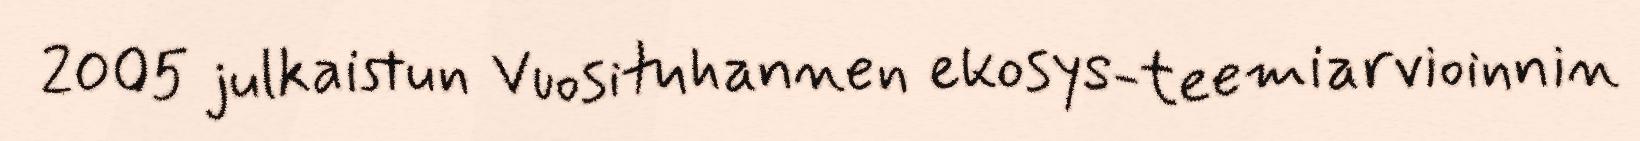
2005 julkaistun Vuosituhannen ekosys-teemiarvioinnin